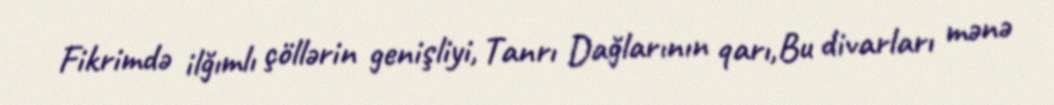
Fikrimdə ilğımlı çöllərin genişliyi, Tanrı Dağlarının qarı,Bu divarları mənə